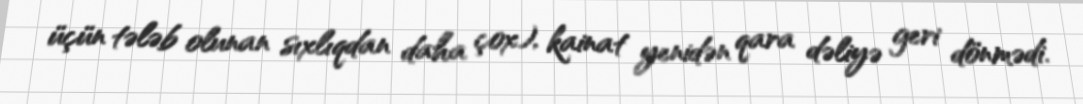
üçün tələb olunan sıxlıqdan daha çox), kainat yenidən qara dəliyə geri dönmədi.